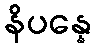
နိပန္နေ